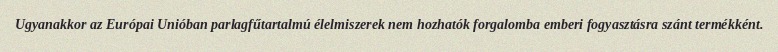
Ugyanakkor az Európai Unióban parlagfűtartalmú élelmiszerek nem hozhatók forgalomba emberi fogyasztásra szánt termékként.